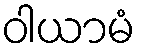
ဝါယာမံ